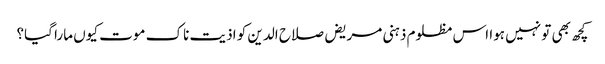
کچھ بھی تو نہیں ہوا اس مظلوم ذہنی مریض صلاح الدین کو اذیت ناک موت کیوں مارا گیا؟